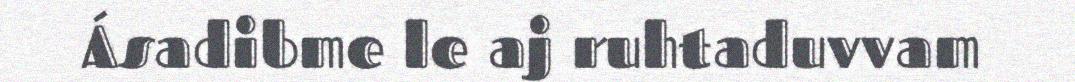
Ásadibme le aj ruhtaduvvam